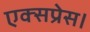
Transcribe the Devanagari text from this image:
एक्‍सप्रेस।